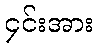
၄င်းအား